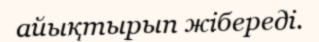
айықтырып жібереді.